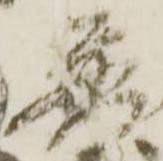
普